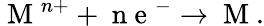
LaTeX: \mathrm{~M~}^{n+}+\mathrm{~n~e~}^{-}\rightarrow\mathrm{~M~}.